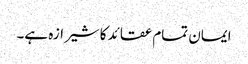
ایمان تمام عقائد کا شیرازہ ہے۔